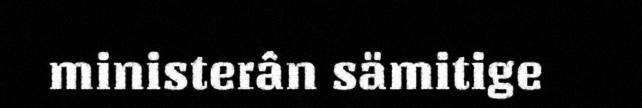
ministerân sämitige